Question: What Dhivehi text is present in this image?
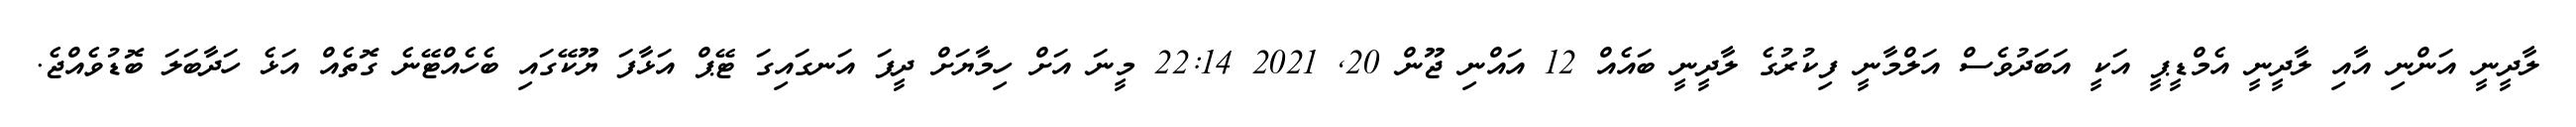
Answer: ލާދީނީ އަންނި އާއި ލާދީނީ އެމްޑީޕީ އަކީ އަބަދުވެސް އަލްމާނީ ފިކުރުގެ ލާދީނީ ބައެއް 12 އައްނި ޖޫން 20, 2021 22:14 މީނަ އަށް ހިމާޔަށް ދީފަ އަނގައިގަ ޓޭޕް އަޅާފަ ޔޫކޭގައި ބެހެއްޓޭނެ ގޮތެއް އަޅެ ހަދާބަލަ ބޮޑުވެއްޖެ.